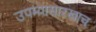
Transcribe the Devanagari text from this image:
उपम्यासारखाच